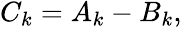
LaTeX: \begin{array}{r}{C_{k}=A_{k}-B_{k},}\end{array}